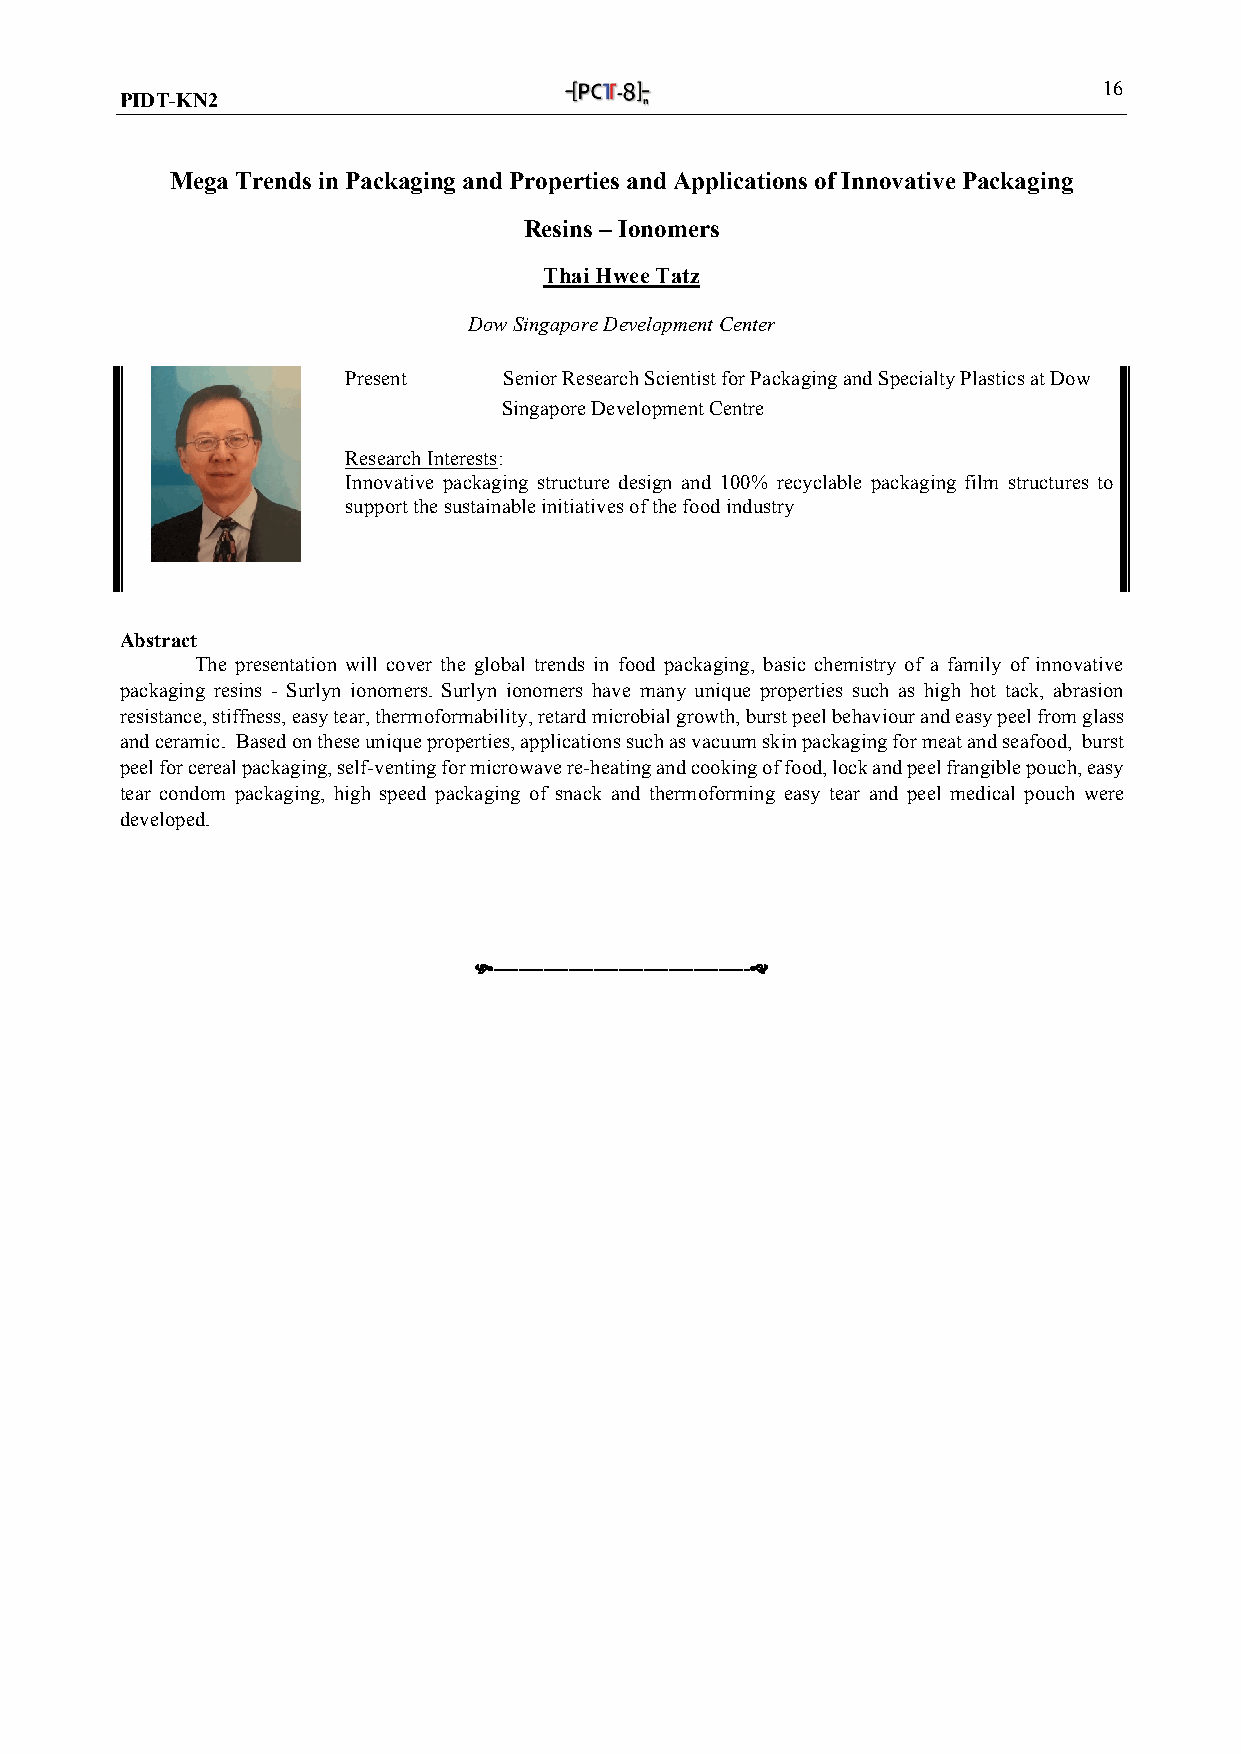
16
 PIDT-KN2
 Mega Trends in Packaging and Properties and Applications of Innovative Packaging
 Resins – Ionomers
 Thai Hwee Tatz
 Dow Singapore Development Center
 Present   Senior Research Scientist for Packaging and Specialty Plastics at Dow
 Singapore Development Centre
 Research Interests:
 Innovative packaging structure design and 100% recyclable packaging film structures to
 support the sustainable initiatives of the food industry
 Abstract
 The presentation will cover the global trends in food packaging, basic chemistry of a family of innovative
 packaging resins - Surlyn ionomers. Surlyn ionomers have many unique properties such as high hot tack, abrasion
 resistance, stiffness, easy tear, thermoformability, retard microbial growth, burst peel behaviour and easy peel from glass
 and ceramic. Based on these unique properties, applications such as vacuum skin packaging for meat and seafood, burst
 peel for cereal packaging, self-venting for microwave re-heating and cooking of food, lock and peel frangible pouch, easy
 tear condom packaging, high speed packaging of snack and thermoforming easy tear and peel medical pouch were
 developed.
 -----------------------------------------